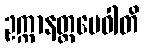
ဥက္ကာနတ္ထမေဝါတိ